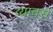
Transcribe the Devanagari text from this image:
व्यावस